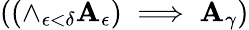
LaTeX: ((\land_{\epsilon<\delta}{\mathbf{A}_{\epsilon}})\implies\mathbf{A}_{\gamma})